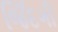
જિઁદગી